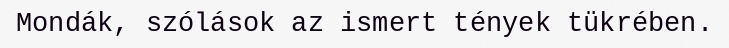
Mondák, szólások az ismert tények tükrében.